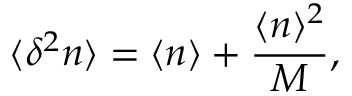
\langle \delta ^ { 2 } n \rangle = \langle n \rangle + \frac { \langle n \rangle ^ { 2 } } { M } ,